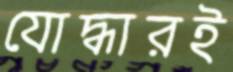
যোদ্ধারই